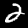
Digit: 2